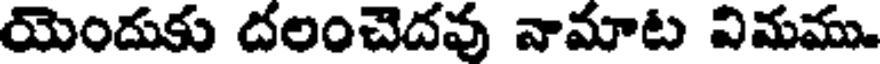
యెందుకు దలంచెదవు వామాట విమము